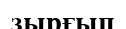
зырғып